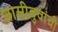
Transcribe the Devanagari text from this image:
शास्त्रीबुवांची